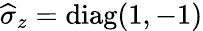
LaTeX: \widehat{\sigma}_{z}=\mathrm{diag}(1,-1)